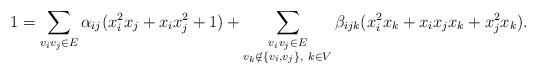
LaTeX: \begin{align*}1 = \sum_{v_iv_j \in E} \alpha_{ij}(x_i^2x_j+x_ix_j^2+1) + \sum_{\substack{v_iv_j \in E \\ v_k \notin \{v_i,v_j\}, \ k \in V}} \beta_{ijk} (x_i^2x_k+x_ix_jx_k+x_j^2x_k).\end{align*}